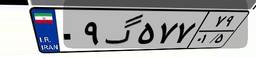
۰۲گ۹۹۵۰۶